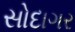
સોદાગર